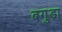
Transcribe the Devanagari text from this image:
बगुड़ा